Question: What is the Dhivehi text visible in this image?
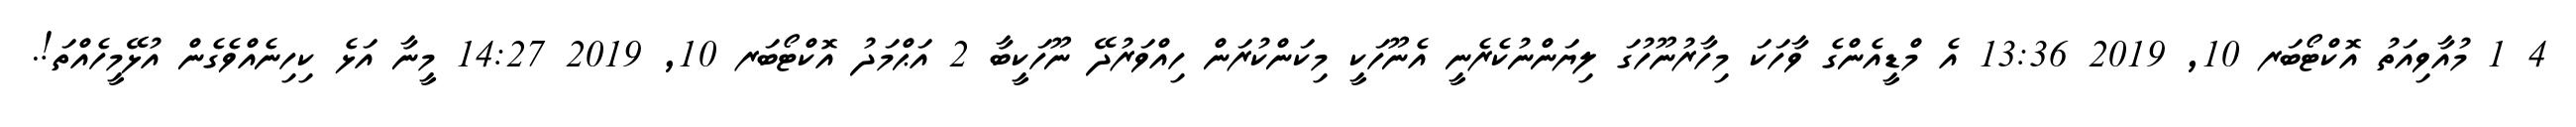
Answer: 4 1 މުއާވިއަތު އޮކްޓޯބަރ 10, 2019 13:36 އެ މްޑީއެންގެ ވާހަކަ މިހާރުނޫހުގަ ލިޔަންނުކެރެނީ އެނޫހަކީ މިކަންކުރަން ހިއްވަރުދޭ ނޫހަކީބާ 2 އަޙްމަދު އޮކްޓޯބަރ 10, 2019 14:27 މީނާ އަޅެ ކިހިނެއްވެގެން އުޅޭމީހެއްތަ!.